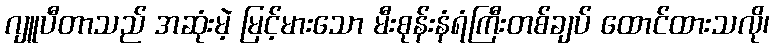
ဂျူပီတာသည် အဆုံးမဲ့ မြင့်မားသော မီးစုန်းနံရံကြီးတစ်ချပ် ထောင်ထားသလို၊